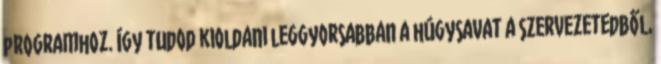
programhoz. Így tudod kioldani leggyorsabban a húgysavat a szervezetedből,